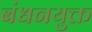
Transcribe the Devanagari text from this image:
बंधनयुक्त